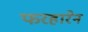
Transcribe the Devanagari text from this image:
फरहारेन